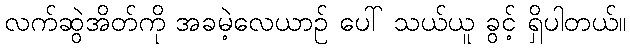
လက်ဆွဲအိတ်ကို အခမဲ့လေယာဉ် ပေါ် သယ်ယူ ခွင့် ရှိပါတယ်။